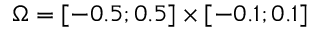
\Omega = [ - 0 . 5 ; 0 . 5 ] \times [ - 0 . 1 ; 0 . 1 ]